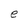
Character: e